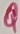
Text: Q